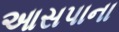
આસપાના